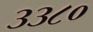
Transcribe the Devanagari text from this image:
३३८०